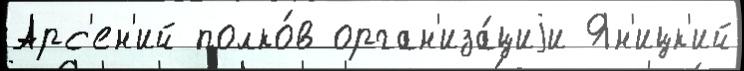
Арс'ен'ий полко́в орган'иза́циjи Ян'ицк'ий